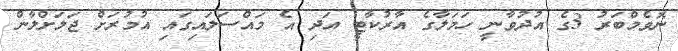
ނޮވެމްބަރު 3ގެ އުދުވާނީ ހަމަލާގެ އާރުކާޓީ އަދި އެ މައްސަލައިގައި އުމުރަށް ޖަލަށްލާން